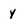
Character: y